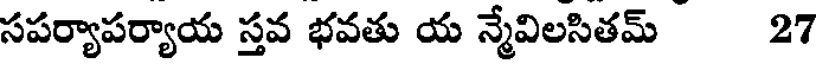
సపర్యాపర్యాయ స్తవ భవతు య న్మేవిలసితమ్ 27